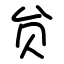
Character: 贠